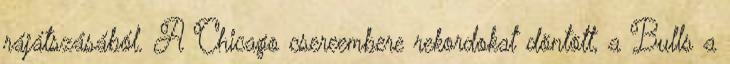
rájátszásából. A Chicago csereembere rekordokat döntött, a Bulls a